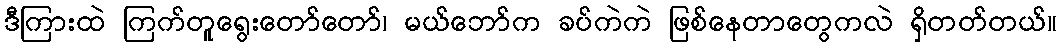
ဒီကြားထဲ ကြက်တူရွေးတော်တော်၊ မယ်ဘော်က ခပ်ကဲကဲ ဖြစ်နေတာတွေကလဲ ရှိတတ်တယ်။